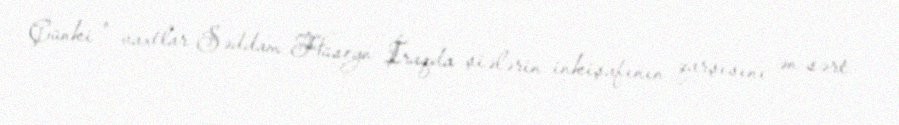
Çünki o vaxtlar Səddam Hüseyn İraqda şiələrin inkişafının qarşısını ən sərt